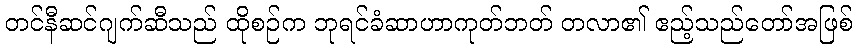
တင်နီဆင်ဂျက်ဆီသည် ထိုစဉ်က ဘုရင်ခံဆာဟာကုတ်ဘတ် တလာ၏ ဧည့်သည်တော်အဖြစ်